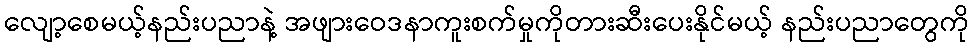
လျော့စေမယ့်နည်းပညာနဲ့ အဖျားဝေဒနာကူးစက်မှုကိုတားဆီးပေးနိုင်မယ့် နည်းပညာတွေကို